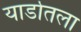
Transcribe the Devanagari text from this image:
यार्डातला